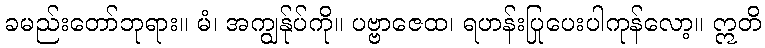
ခမည်းတော်ဘုရား။ မံ၊ အကျွန်ုပ်ကို။ ပဗ္ဗာဇေထ၊ ရဟန်းပြုပေးပါကုန်လော့။ ဣတိ